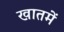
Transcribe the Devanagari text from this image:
खातमें